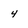
Character: 4